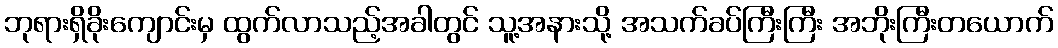
ဘုရားရှိခိုးကျောင်းမှ ထွက်လာသည့်အခါတွင် သူ့အနားသို့ အသက်ခပ်ကြီးကြီး အဘိုးကြီးတယောက်